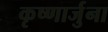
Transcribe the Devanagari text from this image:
कृष्णार्जुना